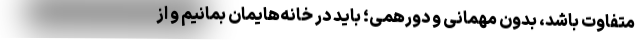
متفاوت باشد، بدون مهمانی و دورهمی؛ باید در خانه‌هایمان بمانیم و از